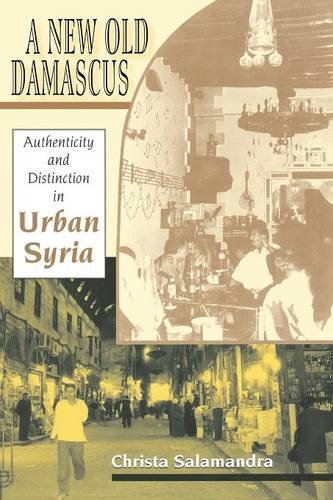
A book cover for A New Old Damascus: Authenticity and Distinction in Urban Syria (Indiana Series in Middle East Studies); Christa Salamandra; History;